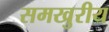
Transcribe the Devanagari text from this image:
समखुरीय